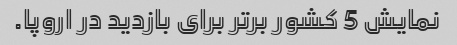
نمایش 5 کشور برتر برای بازدید در اروپا.